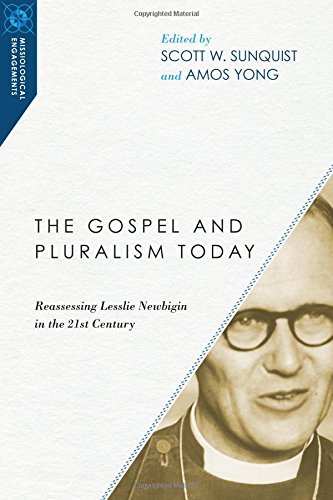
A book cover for The Gospel and Pluralism Today: Reassessing Lesslie Newbigin in the 21st Century (Missiological Engagements); Christian Books & Bibles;